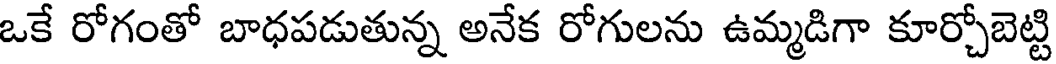
ఒకే రోగంతో బాధపడుతున్న అనేక రోగులను ఉమ్మడిగా కూర్చోబెట్టి